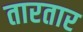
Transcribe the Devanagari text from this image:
तारतार